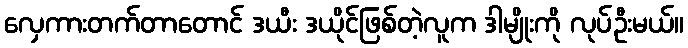
လှေကားတက်တာတောင် ဒယီး ဒယိုင်ဖြစ်တဲ့လူက ဒါမျိုးကို လုပ်ဦးမယ်။